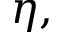
\eta ,